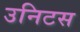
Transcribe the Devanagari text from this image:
उनिटस